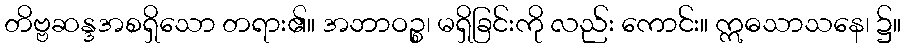
တိဗ္ဗဆန္ဒအစရှိသော တရား၏။ အဘာဝဉ္စ၊ မရှိခြင်းကို လည်း ကောင်း။ ဣဓသာသနေ၊ ၌။